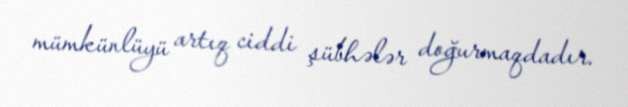
mümkünlüyü artıq ciddi şübhələr doğurmaqdadır.